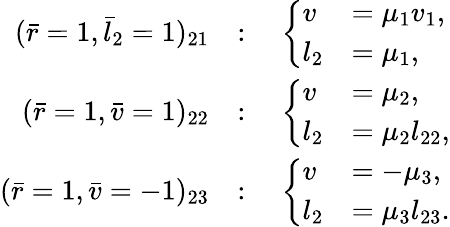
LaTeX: \begin{array}{rl}{(\bar{r}=1,\bar{l}_{2}=1)_{21}}&{:\quad\left\{ \begin{array}{ll}{v}&{=\mu_{1}v_{1},}\\ {l_{2}}&{=\mu_{1},}\end{array}\right.}\\ {(\bar{r}=1,\bar{v}=1)_{22}}&{:\quad\left\{ \begin{array}{ll}{v}&{=\mu_{2},}\\ {l_{2}}&{=\mu_{2}l_{22},}\end{array}\right.}\\ {(\bar{r}=1,\bar{v}=-1)_{23}}&{:\quad\left\{ \begin{array}{ll}{v}&{=-\mu_{3},}\\ {l_{2}}&{=\mu_{3}l_{23}.}\end{array}\right.}\end{array}